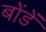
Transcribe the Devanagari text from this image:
बोंडें